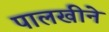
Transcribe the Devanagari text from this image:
पालखीने